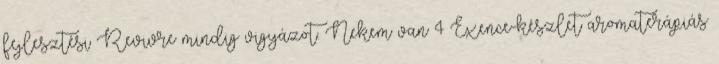
fejlesztési Revivre mindig vigyázot. Nekem van 4 Exence-készlet aromaterápiás